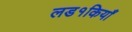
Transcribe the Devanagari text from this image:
लड१कियाँ